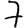
Digit: 7